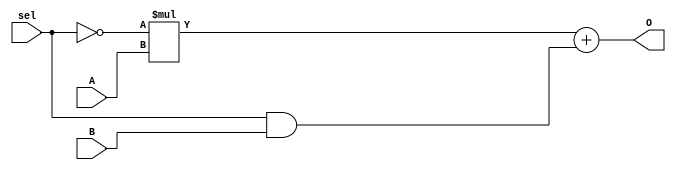
module MUX_2(O,A,B,sel);
	input wire A,B;
	output wire O;
	input wire sel;
	assign O = (~sel)*A + (sel&B);
endmodule